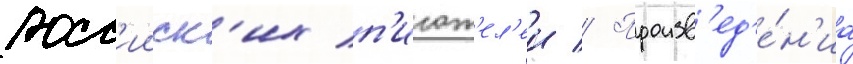
росс'ииск'их п'исат'ел'еи // Произв'ед'е́н'иа